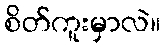
စိတ်ကူးမှာလဲ။